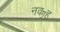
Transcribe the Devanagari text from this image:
नवॻह